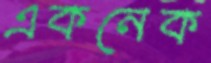
একনেক